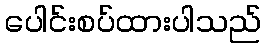
ပေါင်းစပ်ထားပါသည်